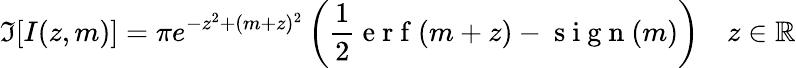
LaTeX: \Im[I(z,m)]=\pi e^{-z^{2}+(m+z)^{2}}\left(\frac{1}{2}\mathrm{~e~r~f~}(m+z)-\mathrm{~s~i~g~n~}(m)\right)\quad z\in\mathbb{R}